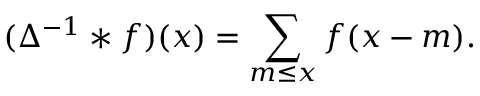
( \Delta ^ { - 1 } * f ) ( x ) = \sum _ { m \leq x } f ( x - m ) .